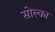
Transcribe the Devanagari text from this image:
सोल्का